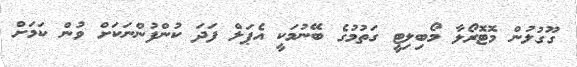
ގޫގުލުން މޮޓޮރޯލާ މޯބިލިޓީ ގަތުމުގެ ބޭނުމަކީ އެޕަލް ފަދަ ކުންފުންނަކަށް ވުން ކަމަށް